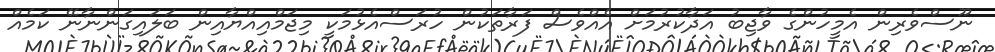
ނޫސްވެރިން އެމީހުންގެ ވާޖިބު އަދާކުރުމަށް އެއްވެސް ފަރާތަކުން ހުރަސްއެޅުމަކީ މިޖަމްއިއްޔާއިން ބަލައިގަންނާނޭ ކަމެއް